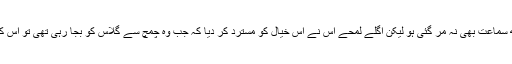
اسے یہ خیال بھی گذرا کہ کہیں آواز کے ساتھ سماعت بھی نہ مر گئی ہو لیکن اگلے لمحے اس نے اس خیال کو مسترد کر دیا کہ جب وہ چمچ سے گلاس کو بجا رہی تھی تو اس کے کان صاف ٹن ٹن کی آواز سن سکتے تھے۔